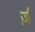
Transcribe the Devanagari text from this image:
र्ज़